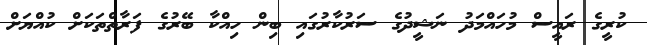
ކުރީގެ ރައީސް މުހައްމަދު ނަޝީދުގެ ސަރުކާރުގައި ބިން ހިއްކާ ބޭރުގެ ފަރާތްތަކަށް ކުއްޔަށް